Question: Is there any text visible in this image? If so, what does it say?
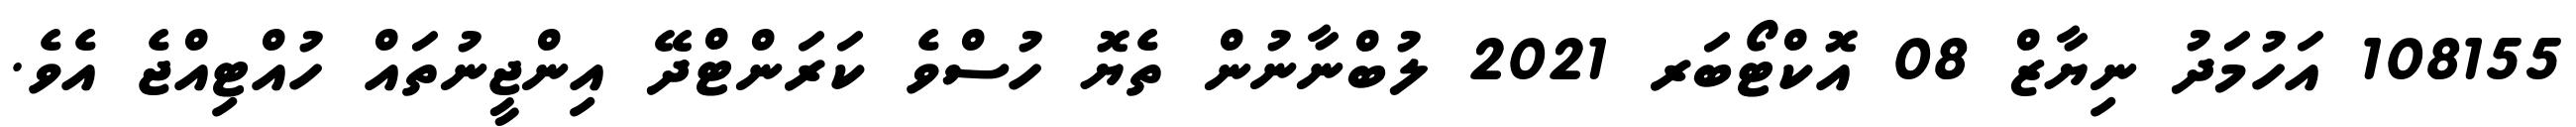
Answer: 108155 އަހުމަދު ނިޔާޒް 08 އޮކްޓޯބަރ 2021 ލުބްނާނުން ތެޔޮ ހުސްވެ ކަރަންޓްދޭ އިންޖީނުތައް ހުއްޓިއްޖެ އެވެ.